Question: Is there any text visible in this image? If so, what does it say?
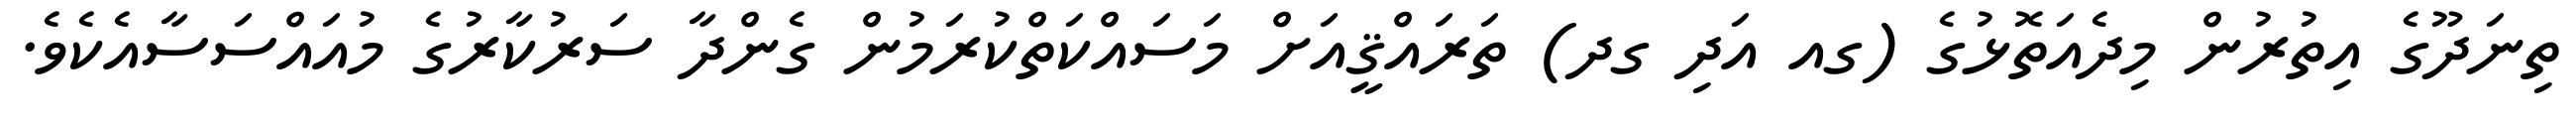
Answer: ތިނަދޫގެ އިތުރުން މިދެއަތޮޅުގެ (ގއ އަދި ގދ) ތަރައްޤީއަށް މަސައްކަތްކުރަމުން ގެންދާ ސަރުކާރުގެ މުއައްސަސާއެކެވެ.